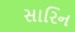
સારિન